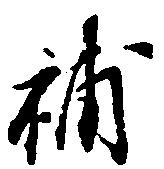
補